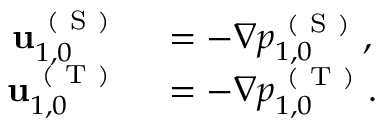
\begin{array} { r l } { \mathbf { u } _ { 1 , 0 } ^ { \mathrm { ~ ( ~ S ~ ) ~ } } } & { { } = - \nabla p _ { 1 , 0 } ^ { \mathrm { ~ ( ~ S ~ ) ~ } } , } \\ { \mathbf { u } _ { 1 , 0 } ^ { \mathrm { ~ ( ~ T ~ ) ~ } } } & { { } = - \nabla p _ { 1 , 0 } ^ { \mathrm { ~ ( ~ T ~ ) ~ } } . } \end{array}